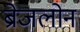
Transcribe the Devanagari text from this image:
ब्रेजलोन